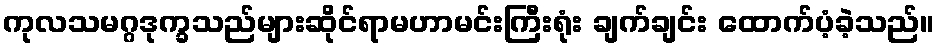
ကုလသမဂ္ဂဒုက္ခသည်များဆိုင်ရာမဟာမင်းကြီးရုံး ချက်ချင်း ထောက်ပံ့ခဲ့သည်။